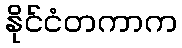
နိုင်ငံတကာက